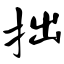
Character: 拙